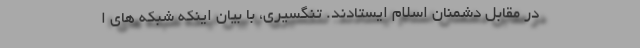
در مقابل دشمنان اسلام ایستادند. تنگسیری، با بیان اینکه شبکه های ا